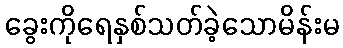
ခွေးကိုရေနှစ်သတ်ခဲ့သောမိန်းမ